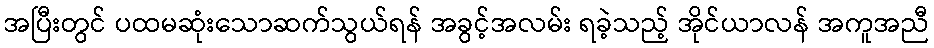
အပြီးတွင် ပထမဆုံးသောဆက်သွယ်ရန် အခွင့်အလမ်း ရခဲ့သည့် အိုင်ယာလန် အကူအညီ